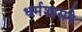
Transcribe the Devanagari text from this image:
धर्मशासने